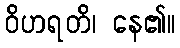
ဝိဟရတိ၊ နေ၏။